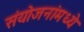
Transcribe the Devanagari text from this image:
संयोजनांमध्ये